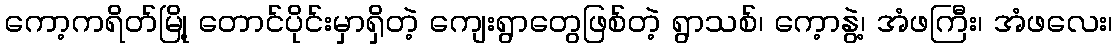
ကော့ကရိတ်မြို့ တောင်ပိုင်းမှာရှိတဲ့ ကျေးရွာတွေဖြစ်တဲ့ ရွာသစ်၊ ကေ့ာနွဲ့၊ အံဖကြီး၊ အံဖလေး၊